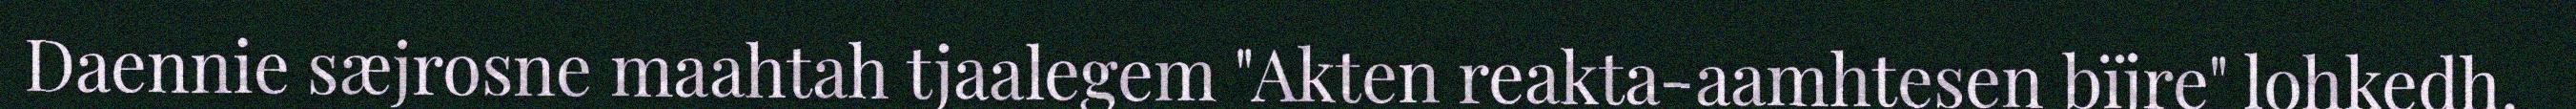
Daennie sæjrosne maahtah tjaalegem "Akten reakta-aamhtesen bïjre" lohkedh.